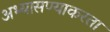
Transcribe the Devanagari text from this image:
अभ्यासण्याकरता